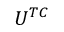
U ^ { T C }